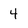
Character: 4